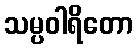
သမ္ပဝါရိတော